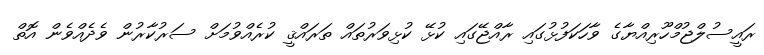
ރައީސުލްޖުމްހޫރިއްޔާގެ ވާހަކަފުޅުގައި ރާއްޖޭގައި ކުޅޭ ކުޅިވަރުތައް ތަރައްޤީ ކުރެއްވުމަށް ސަރުކާރުން ވެދެއްވެން އޮތް